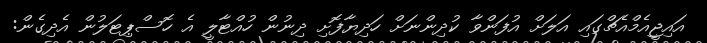
އައިޖީއެމްއެޗްގައި އަލަށް އުފަންވާ ކުދިންނަށް ހަދިޔާފޮށި ދިނުން ހުއްޓާލީ އެ ހޮސްޕިޓަލުން އެދިގެން: